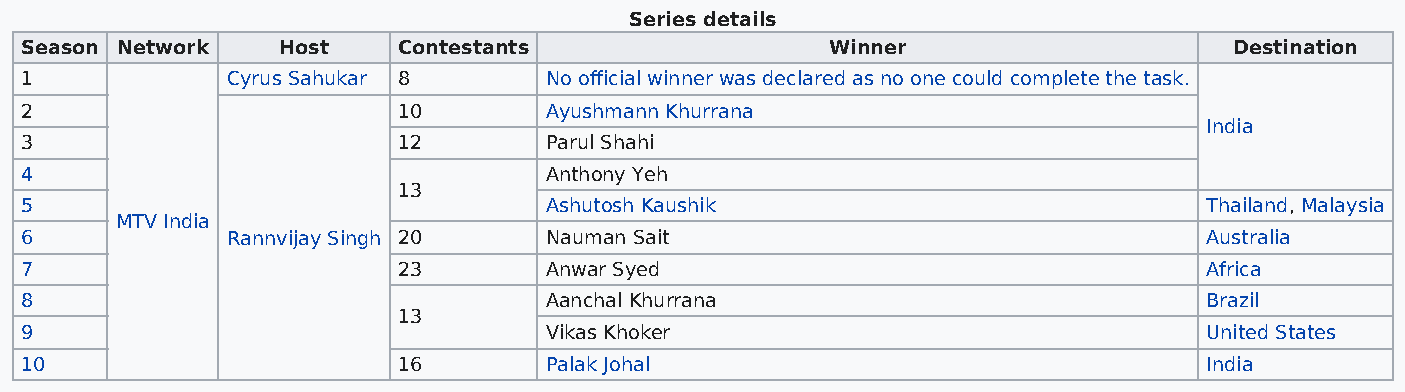
Series details
 Season Network   Host    Contestants                  Winner                     Destination
 1             Cyrus Sahukar 8      No official winner was declared as no one could complete the task.
 2                        10        Ayushmann Khurrana
 India
 3                        12        Parul Shahi
 4                                  Anthony Yeh
 13
 5                                  Ashutosh Kaushik                            Thailand, Malaysia
 MTV India
 6             Rannvijay Singh 20   Nauman Sait                                 Australia
 7                        23        Anwar Syed                                  Africa
 8                                  Aanchal Khurrana                            Brazil
 13
 9                                  Vikas Khoker                                United States
 10                       16        Palak Johal                                 India